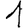
Digit: 1